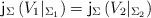
LaTeX: \begin{align*}{\sf j}_{\Sigma} \left(V_1\vert_{\Sigma_1}\right)={\sf j}_{\Sigma} \left(V_2\vert_{\Sigma_2}\right)\end{align*}